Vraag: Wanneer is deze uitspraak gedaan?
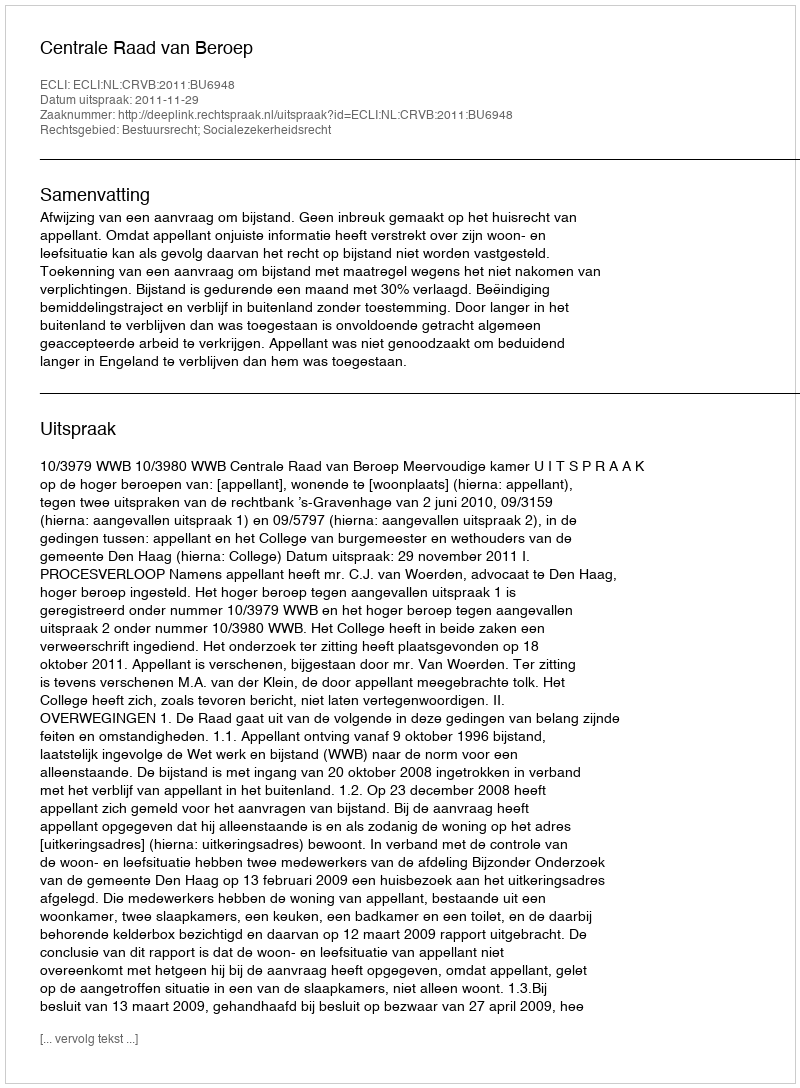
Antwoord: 2011-11-29